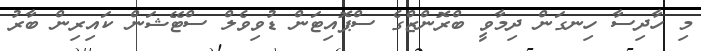
މި ހާދިސާ ހިނގަން ދިމާވީ ބްރޮންޒްގެ ސްޕޮއިޓަން ޑުވިވެލް ސްޓޭޝަން ކައިރިން ބާރު